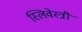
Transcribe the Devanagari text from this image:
स्लिवेस्त्री